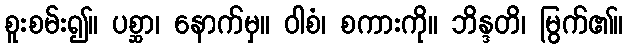
စူးစမ်း၍။ ပစ္ဆာ၊ နောက်မှ။ ဝါစံ၊ စကားကို။ ဘိန္ဒတိ၊ မြွက်၏။